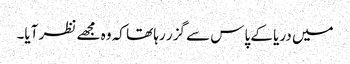
میں دریا کے پاس سے گزر رہا تھا کہ وہ مجھے نظر آیا۔